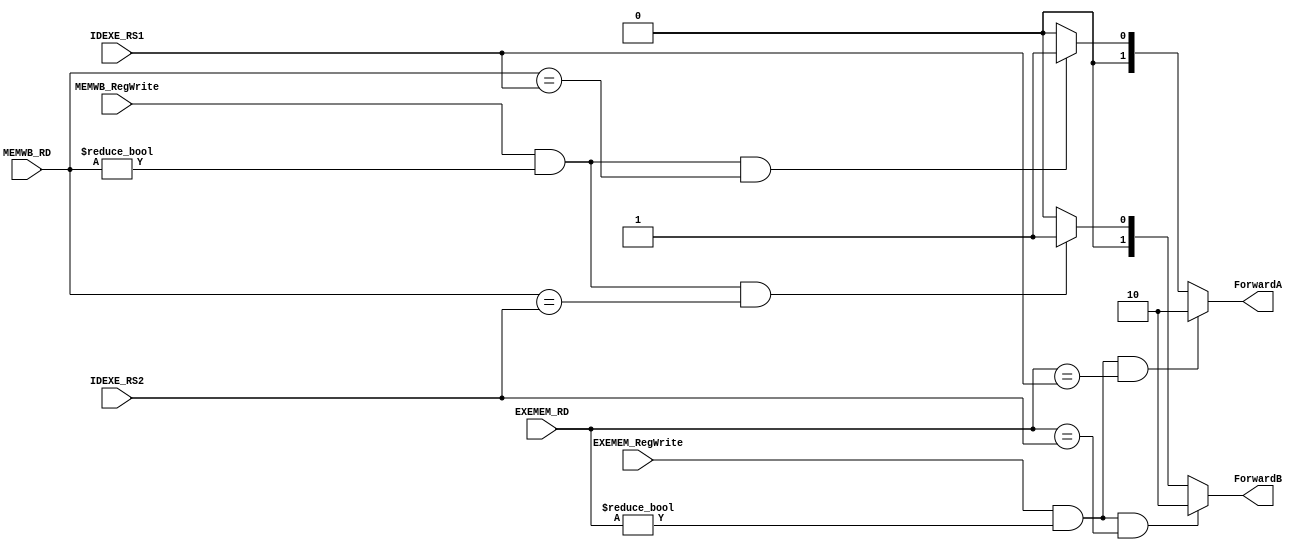
`timescale 1ns/1ps
module ForwardingUnit (
    input [5-1:0] IDEXE_RS1,
    input [5-1:0] IDEXE_RS2,
    input [5-1:0] EXEMEM_RD,
    input [5-1:0] MEMWB_RD,
    input EXEMEM_RegWrite,
    input MEMWB_RegWrite,
    output reg [2-1:0] ForwardA,
    output reg [2-1:0] ForwardB
);
/* Write your code HERE */
always @(*) begin
    // for src1
    if(EXEMEM_RegWrite && (EXEMEM_RD != 0) && (EXEMEM_RD == IDEXE_RS1))  //EX hazard 
        ForwardA = 2'b10;
    else if (MEMWB_RegWrite && (MEMWB_RD != 0) && (MEMWB_RD == IDEXE_RS1)) //Mem hazard
        // else if 
        ForwardA = 2'b01;
    else
        ForwardA = 2'b00;

    // for src2
    if(EXEMEM_RegWrite && (EXEMEM_RD != 0) && (EXEMEM_RD == IDEXE_RS2))  //EX hazard 
        ForwardB = 2'b10;
    else if (MEMWB_RegWrite && (MEMWB_RD != 0) && (MEMWB_RD == IDEXE_RS2)) //Mem hazard
        // else if 
        ForwardB = 2'b01;
    else
        ForwardB = 2'b00;

end
endmodule